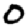
Digit: 0